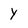
Character: y